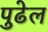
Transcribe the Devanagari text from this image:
पुढेल